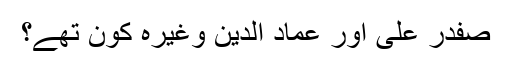
صفدر علی اور عماد الدین وغیرہ کون تھے؟